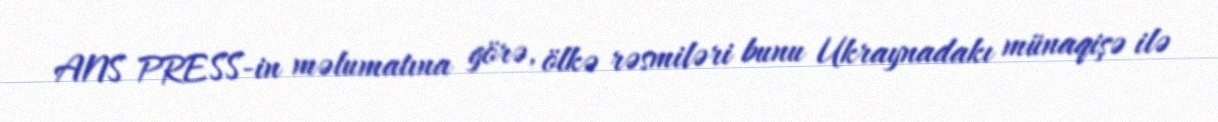
ANS PRESS-in məlumatına görə, ölkə rəsmiləri bunu Ukraynadakı münaqişə ilə